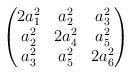
LaTeX: \begin{align*}\begin{pmatrix}2a_1^2 & a_2^2 & a_3^2 \\a_2^2 & 2a_4^2 & a_5^2 \\a_3^2 & a_5^2 & 2a_6^2\end{pmatrix}\end{align*}